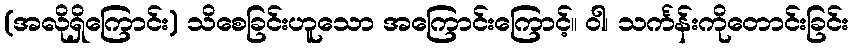
(အလိုရှိကြောင်း) သိစေခြင်းဟူသော အကြောင်းကြောင့်။ ဝါ၊ သင်္ကန်းကိုတောင်းခြင်း